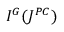
I ^ { G } ( J ^ { P C } )